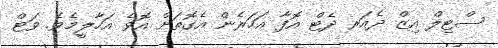
ސްޓިލް އިޒް ދެއަރ ދެޓް އޮފާ އަހަރެން އެގޮތަށް އޮވެ އަހާލީމެވެ. ވަޓް